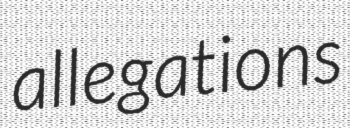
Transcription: allegations